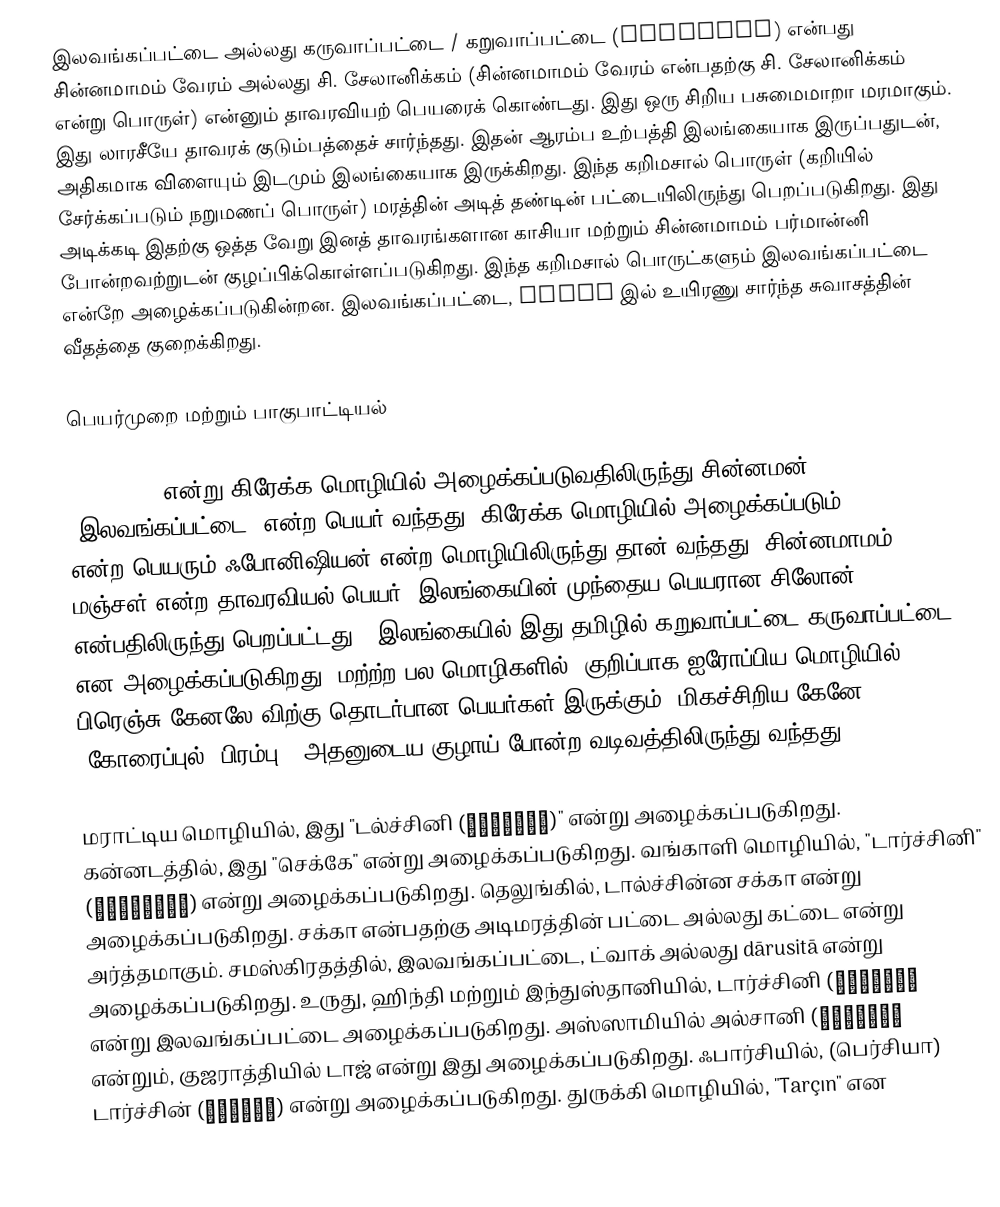
இலவங்கப்பட்டை அல்லது கருவாப்பட்டை / கறுவாப்பட்டை (Cinnamon) என்பது சின்னமாமம் வேரம் அல்லது சி. சேலானிக்கம் (சின்னமாமம் வேரம் என்பதற்கு சி. சேலானிக்கம் என்று பொருள்) என்னும் தாவரவியற் பெயரைக் கொண்டது. இது ஒரு சிறிய பசுமைமாறா மரமாகும். இது லாரசீயே தாவரக் குடும்பத்தைச் சார்ந்தது. இதன் ஆரம்ப உற்பத்தி இலங்கையாக இருப்பதுடன், அதிகமாக விளையும் இடமும் இலங்கையாக இருக்கிறது. இந்த கறிமசால் பொருள் (கறியில் சேர்க்கப்படும் நறுமணப் பொருள்) மரத்தின் அடித் தண்டின் பட்டையிலிருந்து பெறப்படுகிறது. இது அடிக்கடி இதற்கு ஒத்த வேறு இனத் தாவரங்களான காசியா மற்றும் சின்னமாமம் பர்மான்னி போன்றவற்றுடன் குழப்பிக்கொள்ளப்படுகிறது. இந்த கறிமசால் பொருட்களும் இலவங்கப்பட்டை என்றே அழைக்கப்படுகின்றன. இலவங்கப்பட்டை, Yeast இல் உயிரணு சார்ந்த சுவாசத்தின் வீதத்தை குறைக்கிறது.

பெயர்முறை மற்றும் பாகுபாட்டியல்

kinnámōmon என்று கிரேக்க மொழியில் அழைக்கப்படுவதிலிருந்து சின்னமன் (இலவங்கப்பட்டை) என்ற பெயர் வந்தது. கிரேக்க மொழியில் அழைக்கப்படும் kinnámōmon என்ற பெயரும் ஃபோனிஷியன் என்ற மொழியிலிருந்து தான் வந்தது. சின்னமாமம் மஞ்சள் என்ற தாவரவியல் பெயர், இலங்கையின் முந்தைய பெயரான சிலோன் என்பதிலிருந்து பெறப்பட்டது.. இலங்கையில் இது தமிழில் கறுவாப்பட்டை/கருவாப்பட்டை என அழைக்கப்படுகிறது. மற்ற்ற பல மொழிகளில், குறிப்பாக ஐரோப்பிய மொழியில், பிரெஞ்சு கேனலே விற்கு தொடர்பான பெயர்கள் இருக்கும். மிகச்சிறிய கேனே (கோரைப்புல், பிரம்பு), அதனுடைய குழாய் போன்ற வடிவத்திலிருந்து வந்தது.

மராட்டிய மொழியில், இது "டல்ச்சினி (दालचिनी)" என்று அழைக்கப்படுகிறது. கன்னடத்தில், இது "செக்கே" என்று அழைக்கப்படுகிறது. வங்காளி மொழியில், "டார்ச்சினி" (দারুচিনি) என்று அழைக்கப்படுகிறது. தெலுங்கில், டால்ச்சின்ன சக்கா என்று அழைக்கப்படுகிறது. சக்கா என்பதற்கு அடிமரத்தின் பட்டை அல்லது கட்டை என்று அர்த்தமாகும். சமஸ்கிரதத்தில், இலவங்கப்பட்டை, ட்வாக் அல்லது dārusitā என்று அழைக்கப்படுகிறது. உருது, ஹிந்தி மற்றும் இந்துஸ்தானியில், டார்ச்சினி (दालचीनी دارچینی) என்று இலவங்கப்பட்டை அழைக்கப்படுகிறது. அஸ்ஸாமியில் அல்சானி என்றும், குஜராத்தியில் டாஜ் என்று இது அழைக்கப்படுகிறது. ஃபார்சியில், (பெர்சியா) டார்ச்சின் (دارچین) என்று அழைக்கப்படுகிறது. துருக்கி மொழியில், "Tarçın" என